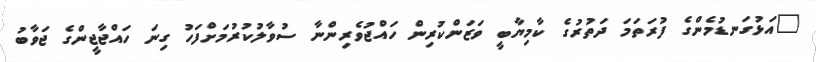
"އަޅުގަނޑުމެންގެ ފުރަތަމަ ދަތުރުގެ ކާމިޔާބީ ވަޒަންކުރިން ހައްޖުވެރިންނާ ސުވާލުކުރުމަށްފަހު ގިނަ ހައްޖާޖީންގެ ޖަވާބު